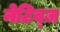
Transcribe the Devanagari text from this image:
नेटिव्ज़